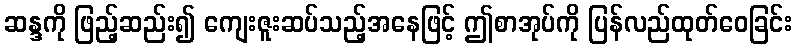
ဆန္ဒကို ဖြည့်ဆည်း၍ ကျေးဇူးဆပ်သည့်အနေဖြင့် ဤစာအုပ်ကို ပြန်လည်ထုတ်ဝေခြင်း